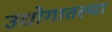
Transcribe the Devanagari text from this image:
उद्योगातल्या